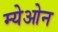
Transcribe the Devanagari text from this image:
म्येओन